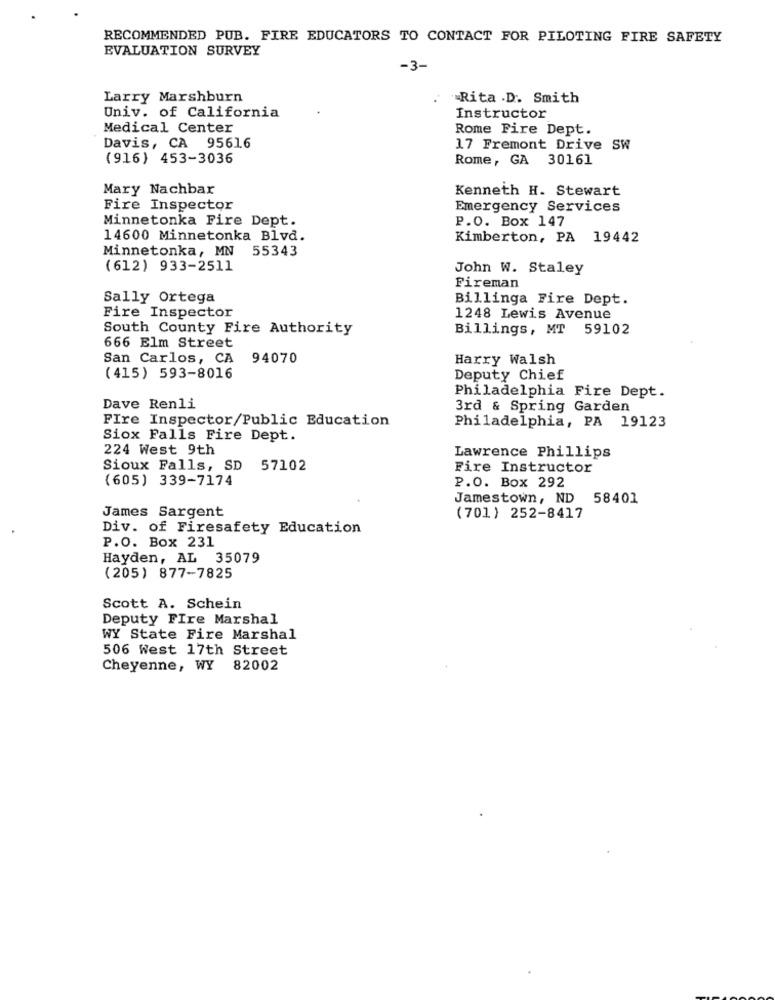
RECOMMENDED PUB. FIRE EDUCATORS TO CONTACT FOR PILOTING FIRE SAFETY
EVALUATION SURVEY
-3-
Larry Marshburn
Rita .D. Smith
Univ. of California
Instructor
Medical Center
Rome Fire Dept.
Davis, CA 95616
17 Fremont Drive SW
(916) 453-3036
Rome, GA 30161
Mary Nachbar
Kenneth H. Stewart
Fire Inspector
Emergency Services
Minnetonka Fire Dept.
P.O. Box 147
14600 Minnetonka Blvd.
Kimberton, PA 19442
Minnetonka, MN 55343
(612) 933-2511
John W. Staley
Fireman
Sally Ortega
Billinga Fire Dept.
Fire Inspector
1248 Lewis Avenue
South County Fire Authority
Billings, MT
59102
666 Elm Street
San Carlos, CA
94070
Harry Walsh
(415) 593-8016
Deputy Chief
Philadelphia Fire Dept.
Dave Renli
3rd & Spring Garden
FIre Inspector/Public Education
Philadelphia, PA 19123
Siox Falls Fire Dept.
224 West 9th
Lawrence Phillips
Sioux Falls, SD 57102
Fire Instructor
(605) 339-7174
P.O. Box 292
Jamestown, ND 58401
James Sargent
(701) 252-8417
Div. of Firesafety Education
P.O. Box 231
Hayden, AL 35079
(205) 877-7825
Scott A. Schein
Deputy Fire Marshal
WY State Fire Marshal
506 West 17th Street
Cheyenne, WY 82002